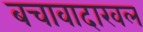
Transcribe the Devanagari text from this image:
बचावादाखल